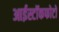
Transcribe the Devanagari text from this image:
आईस्टॉकफोटो